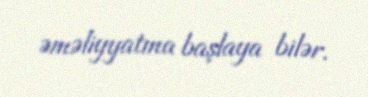
əməliyyatına başlaya bilər.